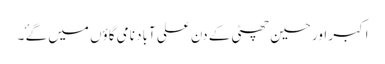
اکبر اور حسین چھٹی کے دن علی آباد نامی گاؤں میں گۓ ۔